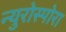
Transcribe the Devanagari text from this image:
न्युरोस्पोरा